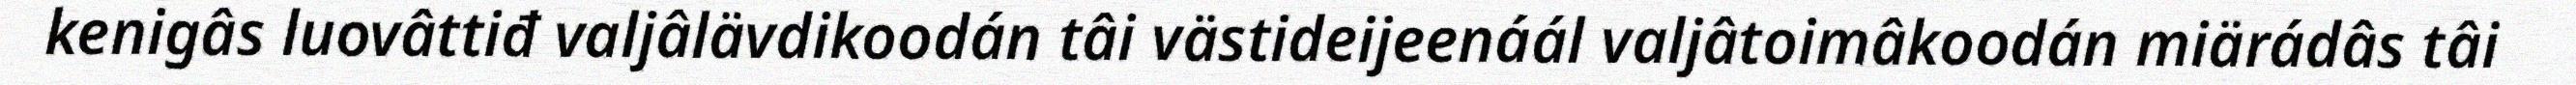
kenigâs luovâttiđ valjâlävdikoodán tâi västideijeenáál valjâtoimâkoodán miärádâs tâi